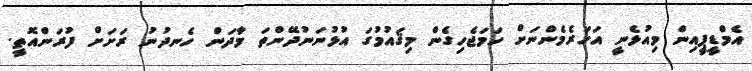
އެމްޑީޕީއިން މިއުޅެނީ އަހަރެމެންނަށް ހަމަޖެހިގެން މިޤައުމުގަ އުޅުނަނުދޭންތަ މާދަން ހެނދުނު ރަށަށް ފުރަންއޮތީ.